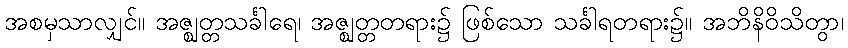
အစမှသာလျှင်။ အဇ္ဈတ္တသင်္ခါရေ၊ အဇ္ဈတ္တတရား၌ ဖြစ်သော သင်္ခါရတရား၌။ အဘိနိဝိသိတွာ၊